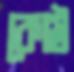
কোষ্ঠ